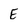
Character: E